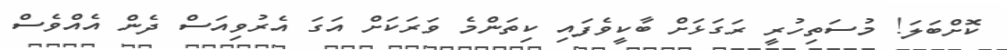
ކޮށްބަލަ! މުސަތިހުރީ ރަގަޅަށް ބާކީވެފައި ކިތަންމެ ވަރަކަށް އަގަ އެރުވިއަސް ދެން އެއްވެސް